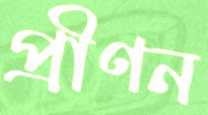
প্রীণন